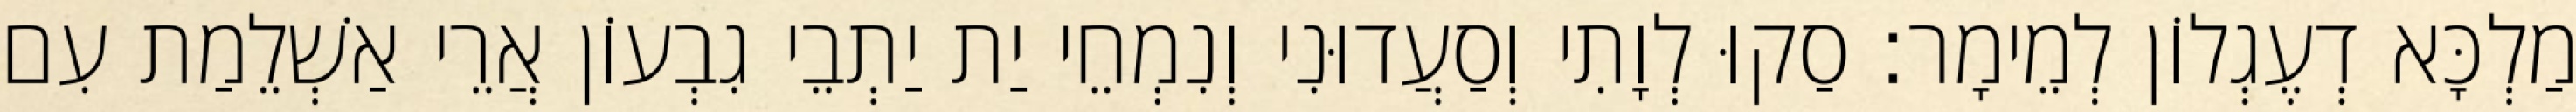
מַלְכָּא דְעֶגְלוֹן לְמֵימָר׃ סַקוּ לְוָתִי וְסַעֲדוּנִי וְנִמְחֵי יַת יַתְבֵי גִבְעוֹן אֲרֵי אַשְׁלֵמַת עִם